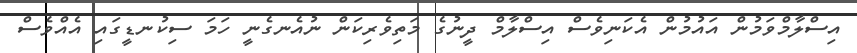
އިސްލާމްވަމުން އައުމުން އެކަނިވެސް އިސްލާމް ދީނުގެ މަތިވެރިކަން ނުއެނގެނީ ހަމަ ސިކުނޑީގައި އެއްވެސް